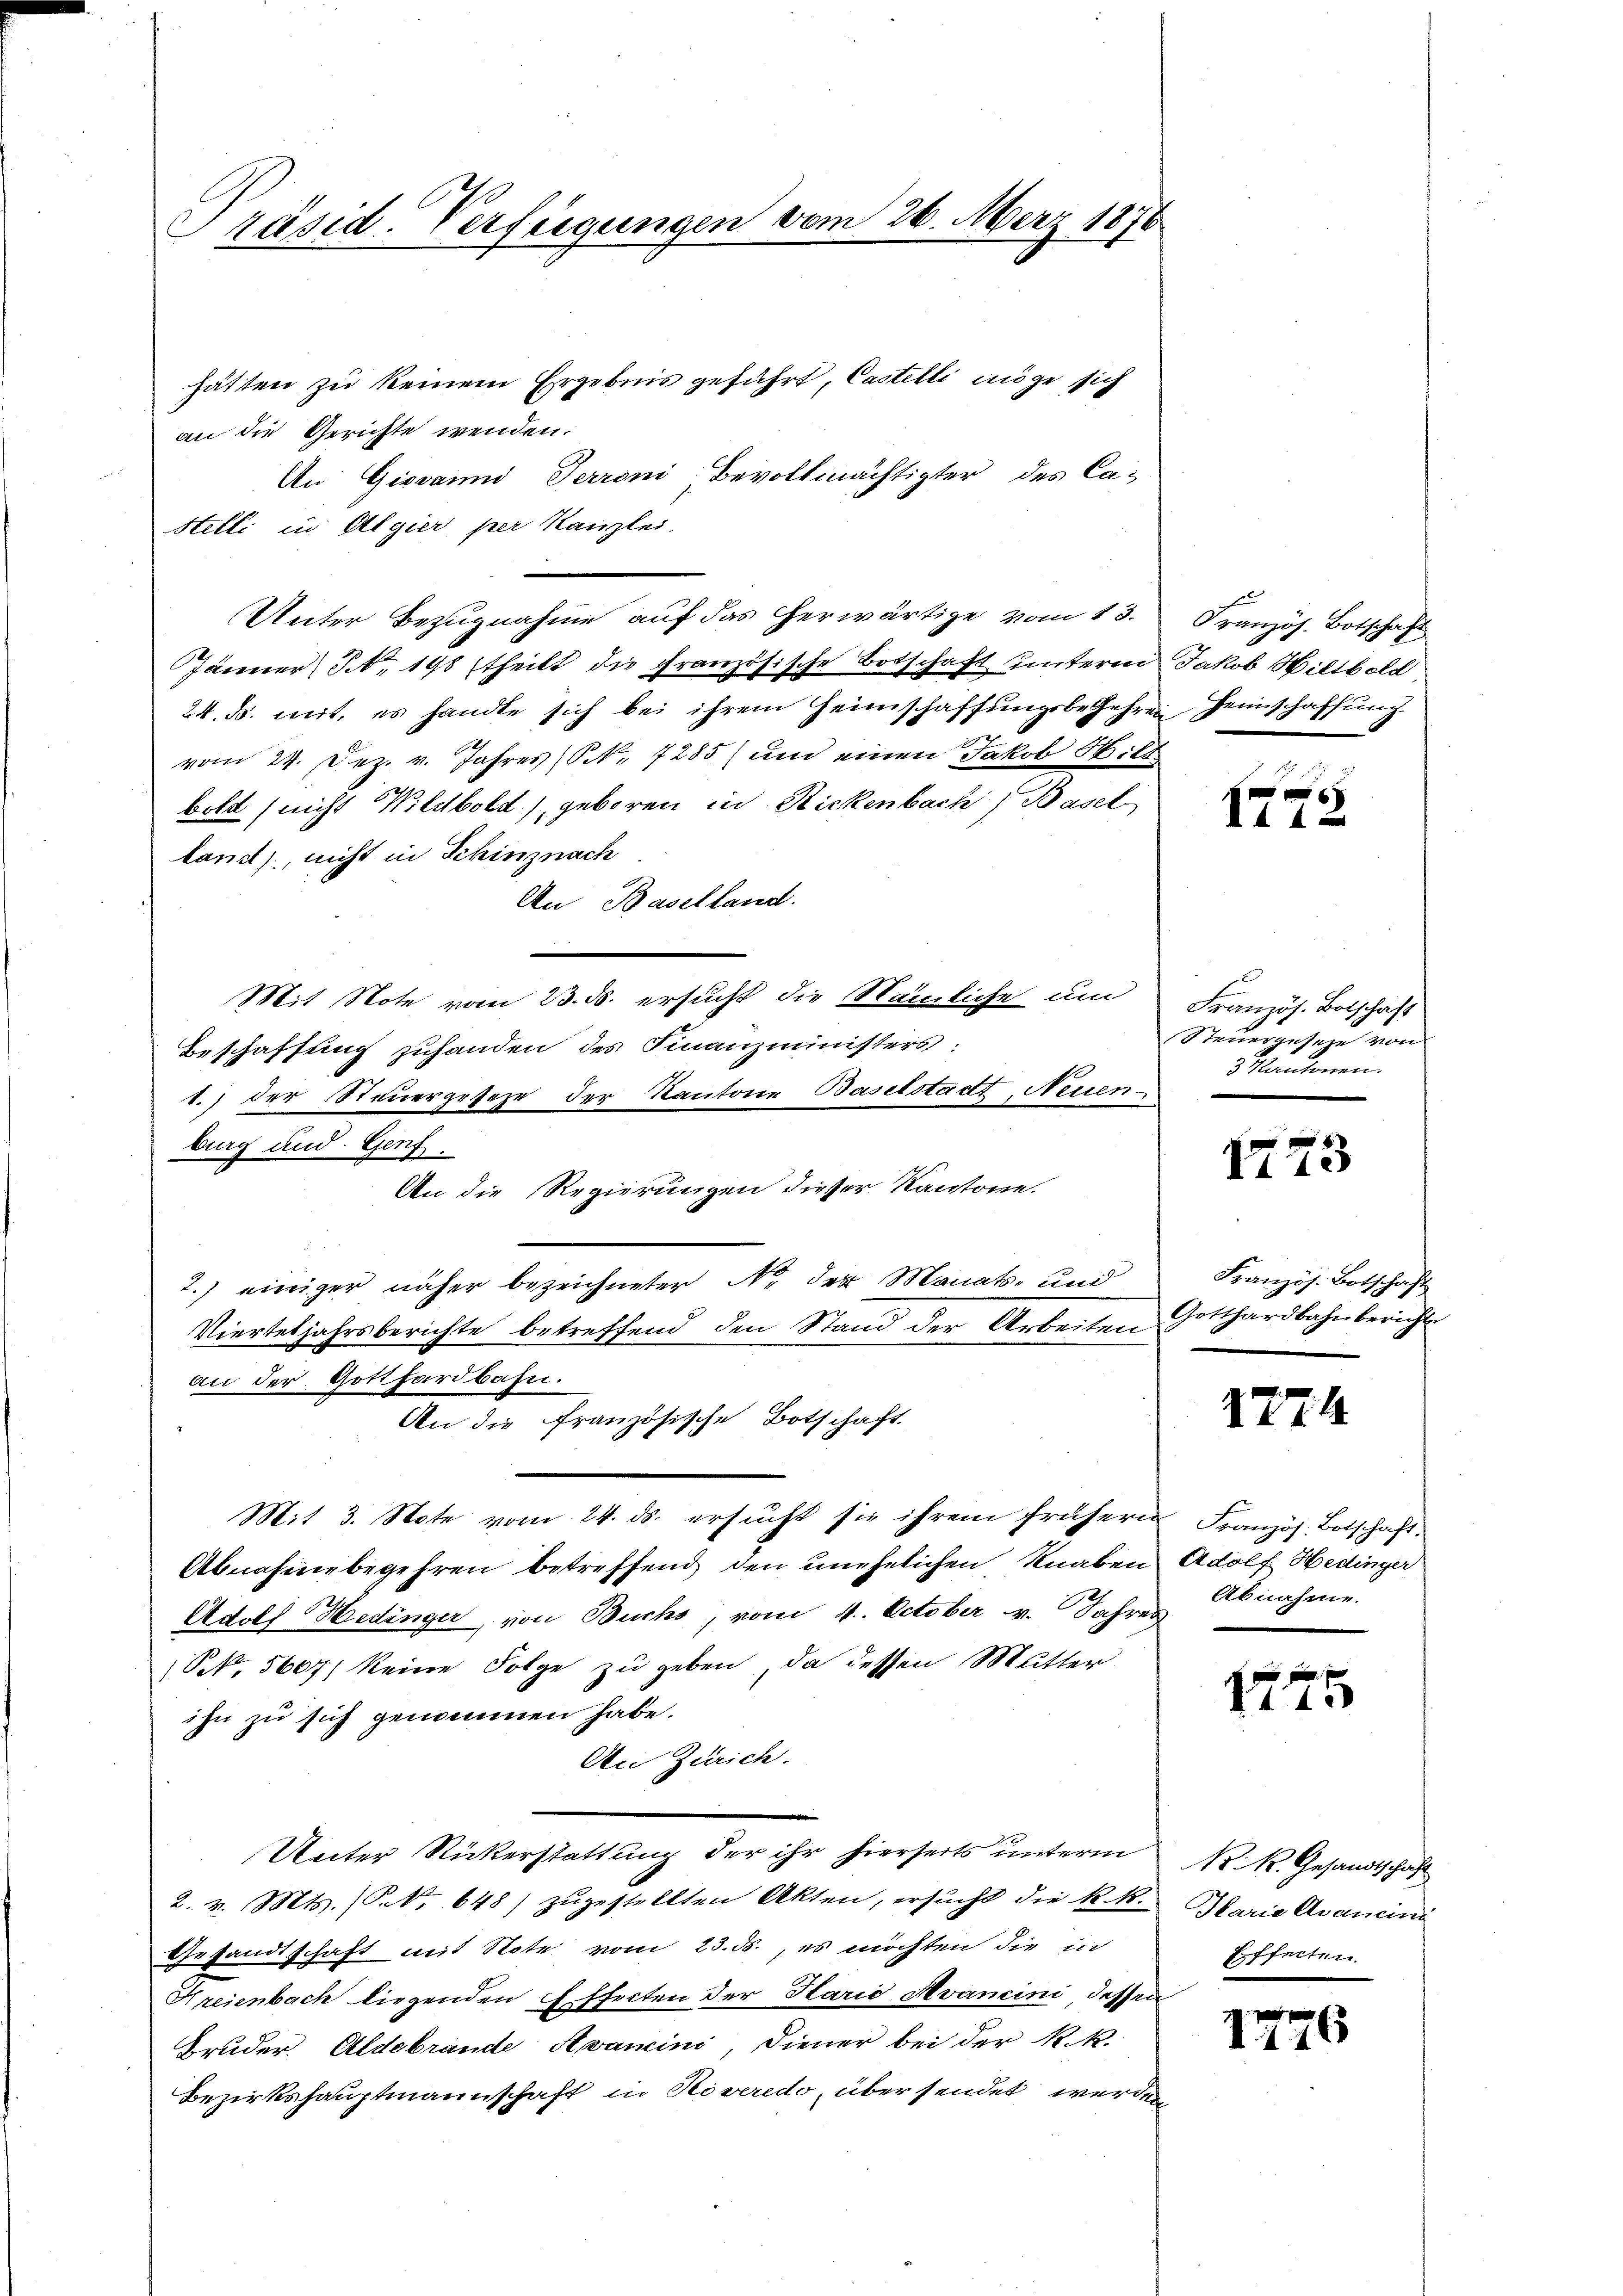
hätten zu keinem Ergebnis geführt, Castelli möge sich
an die Gerichte wenden.
An Giovanni Terroni Bevollmächtigter des Ca-
Stelli in Algier per Kanzlei.
Unter Bezŭgnahme aŭf das herwärtige vom 13. Französ. Botschaft
Jänner, S. 198 (theilt die Französische Botschaft unterm Jakob Wiltbold
24. ds. mit, es handte sich bei ihrem Heimschaffungsbegehren Heimschaffung.
vom 24. Dez. v. Jahres (S. 7285) um einen Jakob Wilt
bold (nicht Wildbold), geboren in Rickenbach, Basel
land), nicht in Schinznach
An Baselland.
Mit Note vom 23. ds. ersucht die Nämliche um
Beschaffung zuhanden des Finanzministers:
1.) der Steuergesehe der Kantone Baselstadt, Neuen
burg und Genf.
An die Regierungen dieser Kantone.
2.) einiger näher bezeichneter No. der Monats- und
Vierteljahrsberichte betreffend den Stand der Arbeiten
an der Gotthardbahn.
An die Französische Botschaft.

Präsid. Verfügungen vom 26. März 1876

Mit 3. Note vom 24. ds. ersucht sie ihrem frühern
Abnahmebegehren betreffend den unehelichen Knaben
Adolf Hedinger, von Buchs, vom 4. October v. Jahres
N 5607) keine Folge zu geben, da dessen Mutter
ihn zu sich genommen habe.
An Zürich.
Unter Rickerstattung der ihr hierseits unterm
2. v. Mts. (C. No 648) zugestellten Akten, ersucht die k. k.
Gesandtschaft mit Note vom 23. ds., es möchten die in
Hreienbach liegenden Effecten der Parić Avancini dessen
Bruder. Aldebrande Axamini, Diener bei der Nik.
Bezirkshauptmannschaft in Riveredo, über sendet werden

2
x
4 f 4 x

Französ. Botschäft
Steuergeseze von
3 Kantonen.
.

173

Französ. Botschaft
Gotthardbahn bericht

1774

Französ. Botschaft.
Adolf Hedinger
Abnahme.

1775

N. K. Gesandtschaft
Marie Avancini
Effecten.

1776